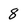
Character: 8